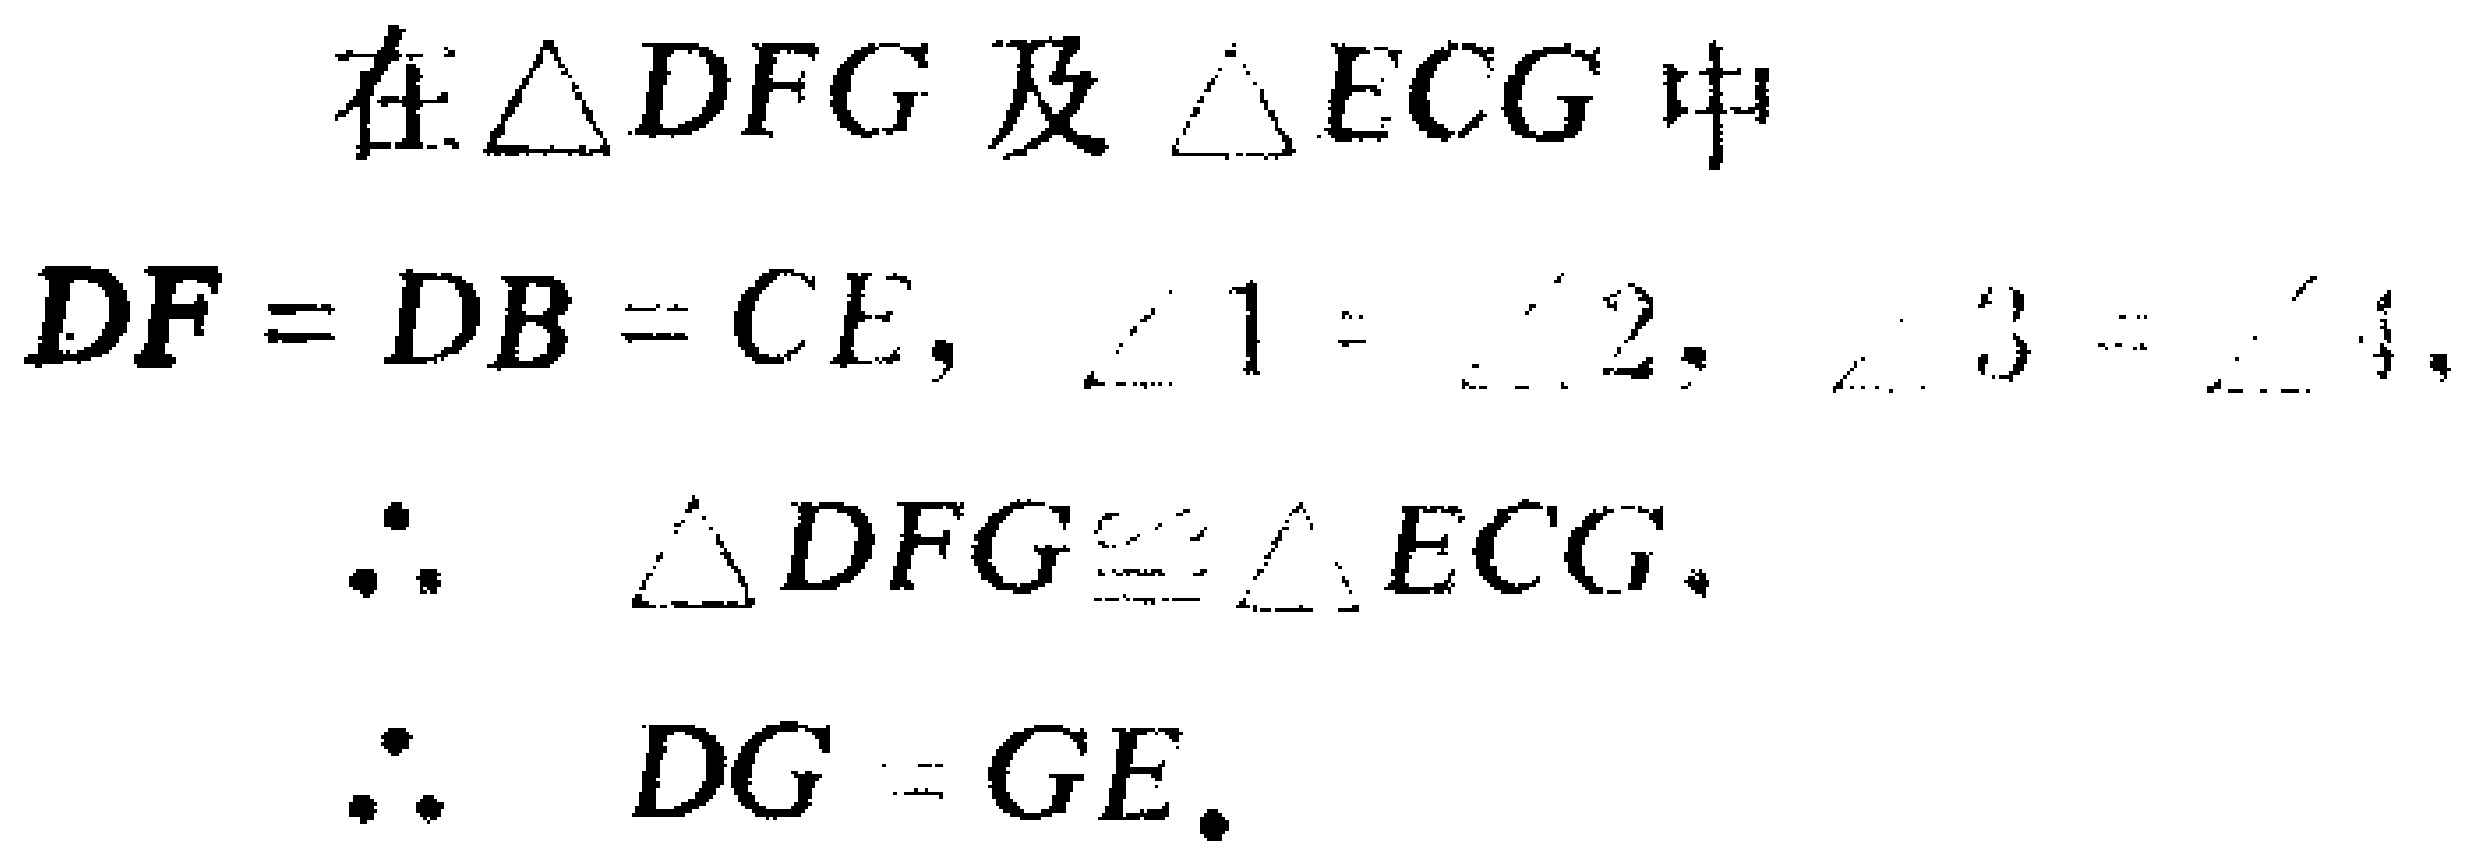
在$\triangle DFG$及$\triangle ECG$中

$DF = DB = CE$, $\angle 1 = \angle 2$, $\angle 3 = \angle 4$,

$\therefore \triangle DFG\cong\triangle ECG$.

$\therefore DG = GE$.